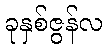
ခုနှစ်ဇွန်လ